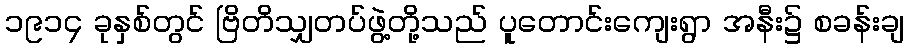
၁၉၁၄ ခုနှစ်တွင် ဗြိတိသျှတပ်ဖွဲ့တို့သည် ပူတောင်းကျေးရွာ အနီး၌ စခန်းချ